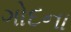
ગોદના